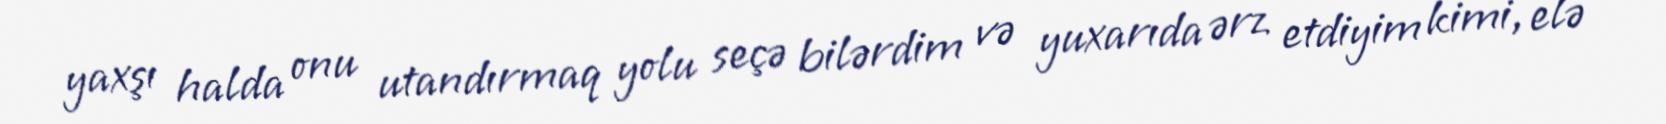
yaxşı halda onu utandırmaq yolu seçə bilərdim və yuxarıda ərz etdiyim kimi, elə